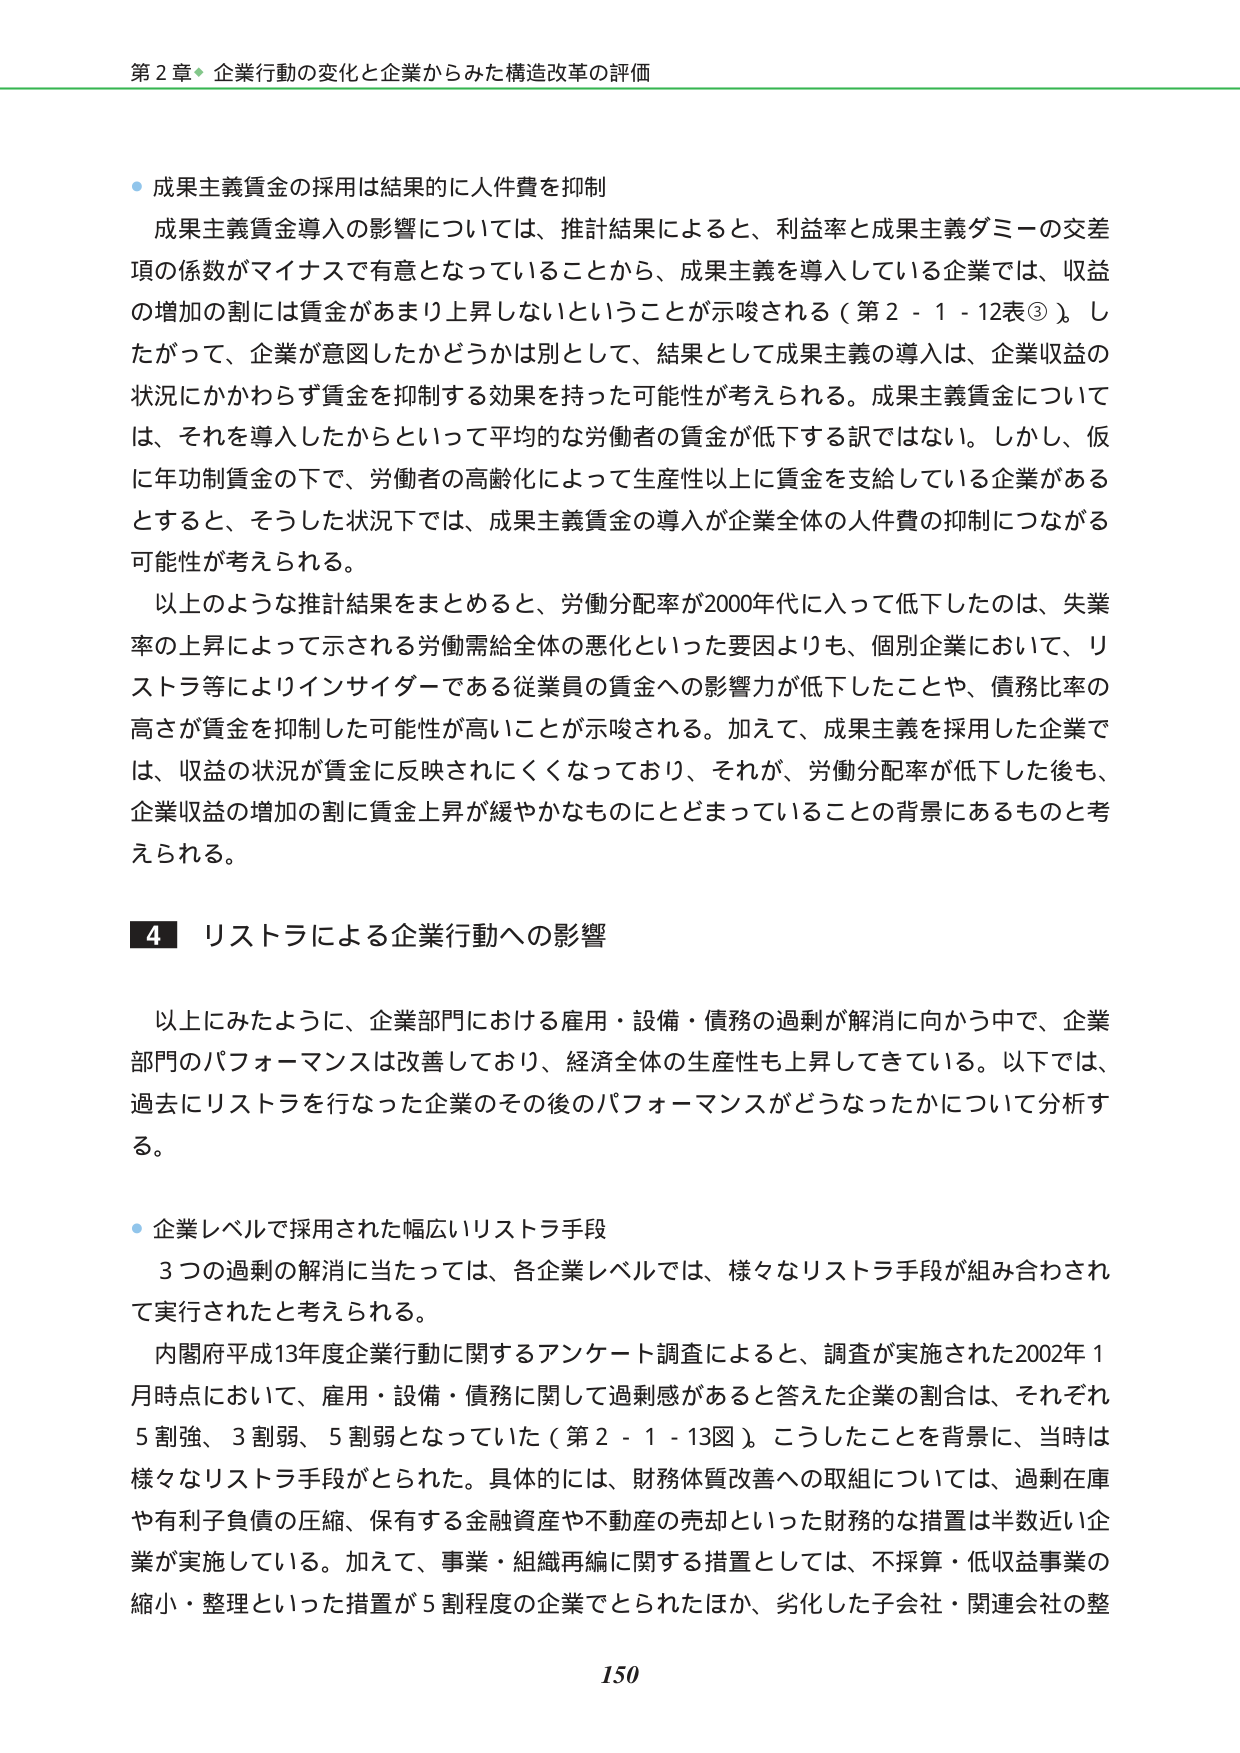
第２章◆企業行動の変化と企業からみた構造改革の評価

・成果主義賃金の採用は結果的に人件費を抑制
成果主義賃金導入の影響については、推計結果によると、利益率と成果主義ダミーの交差項の係数がマイナスで有意となっていることから、成果主義を導入している企業では、収益の増加の割には賃金があまり上昇しないということが示唆される（第２－１－１２表③）。したがって、企業が意図したかどうかは別として、結果として成果主義の導入は、企業収益の状況にかかわらず賃金を抑制する効果を持った可能性が考えられる。成果主義賃金については、それを導入したからといって平均的な労働者の賃金が低下する訳ではない。しかし、仮に年功制賃金の下で、労働者の高齢化によって生産性以上に賃金を支給している企業があるとすると、そうした状況下では、成果主義賃金の導入が企業全体の人件費の抑制につながる可能性が考えられる。
以上のような推計結果をまとめるとき、労働分配率が2000年代に入って低下したのは、失業率の上昇によって示される労働需給全体の悪化といった要因よりも、個別企業において、リストラ等によりインサイダーである従業員の賃金への影響力が低下したことや、債務比率の高さが賃金を抑制した可能性が高いことが示唆される。加えて、成果主義を採用した企業では、収益の状況が賃金に反映されにくくなっており、それが、労働分配率が低下した後も、企業収益の増加の割に賃金上昇が緩やかなものにとどまっていることの背景にあるものと考えられる。

４ リストラによる企業行動への影響
以上にみたように、企業部門における雇用・設備・債務の過剰が解消に向かう中で、企業部門のパフォーマンスは改善しており、経済全体の生産性も上昇してきている。以下では、過去にリストラを行なった企業のその後のパフォーマンスがどうなったかについて分析する。

・企業レベルで採用された幅広いリストラ手段
３つの過剰の解消に当たっては、各企業レベルでは、様々なリストラ手段が組み合わされて実行されたと考えられる。
内閣府平成13年度企業行動に関するアンケート調査によると、調査が実施された2002年１月時点において、雇用・設備・債務に関して過剰感があると答えた企業の割合は、それぞれ５割強、３割弱、５割弱となっていた（第２－１－１３図）。こうしたことを背景に、当時は様々なリストラ手段がとられた。具体的には、財務体質改善への取組については、過剰在庫や有利子負債の圧縮、保有する金融資産や不動産の売却といった財務的な措置は半数近い企業が実施している。加えて、事業・組織再編に関する措置としては、不採算・低収益事業の縮小・整理といった措置が５割程度の企業でとられたほか、劣化した子会社・関連会社の整

150